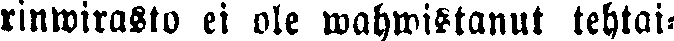
rinwirasto ei ole wahwistanut tehtai-